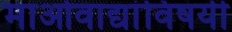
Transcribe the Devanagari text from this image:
माओवाद्यांविषयी